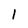
Character: 1